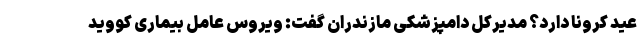
عید کرونا دارد؟ مدیرکل دامپزشکی مازندران گفت: ویروس عامل بیماری کووید